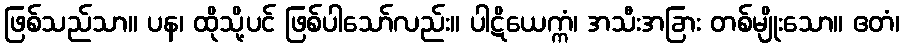
ဖြစ်သည်သာ။ ပန၊ ထိုသို့ပင် ဖြစ်ပါသော်လည်း။ ပါဋိယေက္ကံ၊ အသီးအခြား တစ်မျိုးသော။ ဧတံ၊